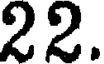
22.